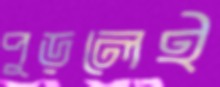
পুড়লেই